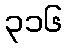
၃၁၆